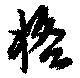
格